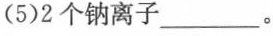
5)2个钠离子\underline。